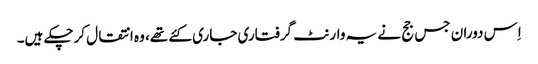
اِس دوران جس جج نے یہ وارنٹ گرفتاری جاری کئے تھے، وہ انتقال کرچکے ہیں۔